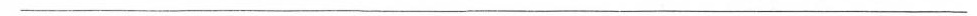
___